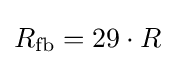
R_{\mathrm {fb} }=29\cdot R